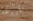
المزرعه